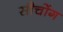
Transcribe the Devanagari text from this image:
सौचोंग